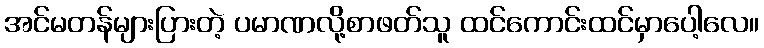
အင်မတန်များပြားတဲ့ ပမာဏလို့စာဖတ်သူ ထင်ကောင်းထင်မှာပေါ့လေ။